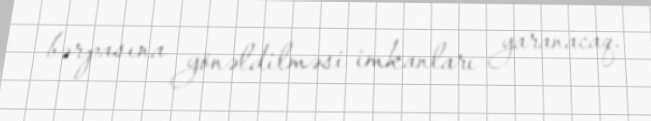
bərpasına yönəldilməsi imkanları yaranacaq.